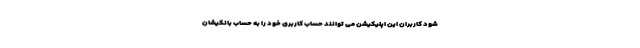
شود کاربران این اپلیکیشن می توانند حساب کاربری خود را به حساب بانکیشان